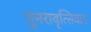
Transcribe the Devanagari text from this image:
पुनरावृत्‍तिवाद